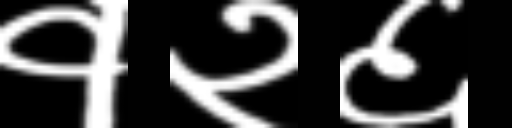
Text: १२६